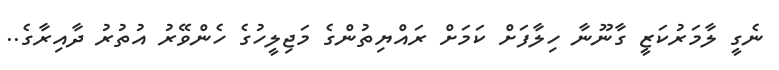
ނެގީ ލާމަރުކަޒީ ގާނޫނާ ހިލާފަށް ކަމަށް ރައްޔިތުންގެ މަޖިލީހުގެ ހެންވޭރު އުތުރު ދާއިރާގެ..